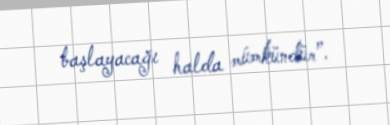
başlayacağı halda mümkündür”.